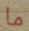
ما